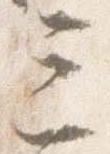
三